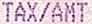
TAX/AMT